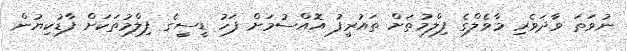
ނުވަތަ ވާދަވެރި މާވެލްގެ ފިލްމުތަށް ތައުރީފު އޮއްސުމަށް ފަހު ޑީސީގެ ފިލްމުތަކަށް ފާޑުކިޔުން